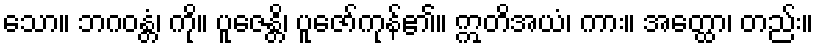
သော။ ဘဂဝန္တံ၊ ကို။ ပူဇေန္တိ၊ ပူဇော်ကုန်၏။ ဣတိအယံ၊ ကား။ အတ္ထော၊ တည်း။